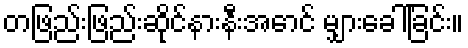
တဖြည်းဖြည်းဆိုင်နားနီးအောင် မျှားခေါ်ခြင်း။